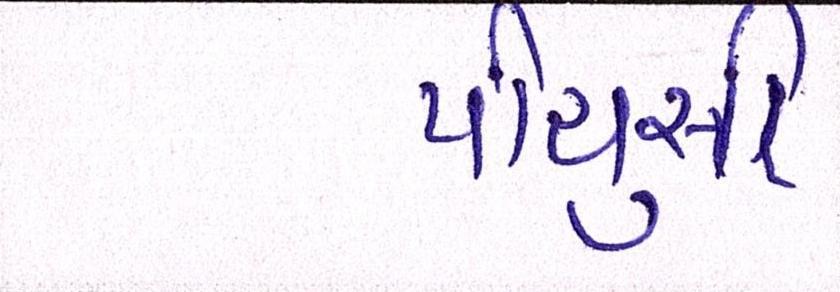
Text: પીયુસી